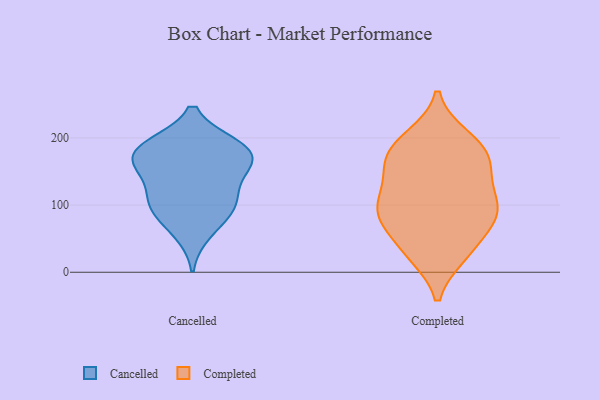
{"axis": {"x": "Active Users", "y": "Value"}, "legend": ["Cancelled", "Completed"], "data": [{"x": "", "y": 118, "type": "Cancelled"}, {"x": "", "y": 59, "type": "Cancelled"}, {"x": "", "y": 102, "type": "Cancelled"}, {"x": "", "y": 147, "type": "Cancelled"}, {"x": "", "y": 189, "type": "Cancelled"}, {"x": "", "y": 165, "type": "Cancelled"}, {"x": "", "y": 188, "type": "Cancelled"}, {"x": "", "y": 100, "type": "Cancelled"}, {"x": "", "y": 189, "type": "Cancelled"}, {"x": "", "y": 162, "type": "Cancelled"}, {"x": "", "y": 89, "type": "Cancelled"}, {"x": "", "y": 169, "type": "Cancelled"}, {"x": "", "y": 88, "type": "Completed"}, {"x": "", "y": 178, "type": "Completed"}, {"x": "", "y": 84, "type": "Completed"}, {"x": "", "y": 195, "type": "Completed"}, {"x": "", "y": 200, "type": "Completed"}, {"x": "", "y": 153, "type": "Completed"}, {"x": "", "y": 27, "type": "Completed"}, {"x": "", "y": 177, "type": "Completed"}, {"x": "", "y": 141, "type": "Completed"}, {"x": "", "y": 31, "type": "Completed"}, {"x": "", "y": 32, "type": "Completed"}, {"x": "", "y": 94, "type": "Completed"}, {"x": "", "y": 123, "type": "Completed"}, {"x": "", "y": 166, "type": "Completed"}, {"x": "", "y": 99, "type": "Completed"}, {"x": "", "y": 86, "type": "Completed"}, {"x": "", "y": 77, "type": "Completed"}]}